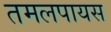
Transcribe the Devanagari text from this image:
तमलपायस